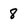
Character: 8